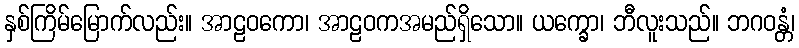
နှစ်ကြိမ်မြောက်လည်း။ အာဠဝကော၊ အာဠဝကအမည်ရှိသော။ ယက္ခော၊ ဘီလူးသည်။ ဘဂဝန္တံ၊